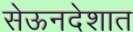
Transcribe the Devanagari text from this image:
सेऊनदेशात